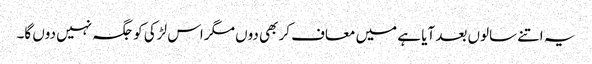
یہ اتنے سالوں بعد آیا ہے میں معاف کر بھی دوں مگر اس لڑکی کو جگہ نہیں دوں گا۔